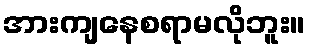
အားကျနေစရာမလိုဘူး။